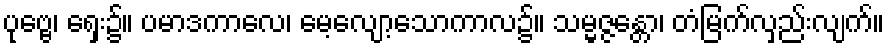
ပုဗ္ဗေ၊ ရှေး၌။ ပမာဒကာလေ၊ မေ့လျော့သောကာလ၌။ သမ္မဇ္ဇန္တော၊ တံမြက်လှည်းလျက်။